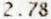
2.78